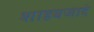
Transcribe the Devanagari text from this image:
शाहबजादे